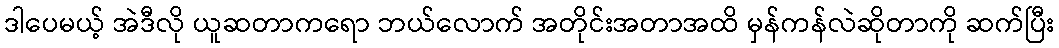
ဒါပေမယ့် အဲဒီလို ယူဆတာကရော ဘယ်လောက် အတိုင်းအတာအထိ မှန်ကန်လဲဆိုတာကို ဆက်ပြီး